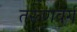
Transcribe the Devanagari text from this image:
तरूणवर्ग